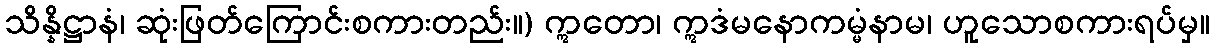
သိန္နိဋ္ဌာနံ၊ ဆုံးဖြတ်ကြောင်းစကားတည်း။) ဣတော၊ ဣဒံမနောကမ္မံနာမ၊ ဟူသောစကားရပ်မှ။